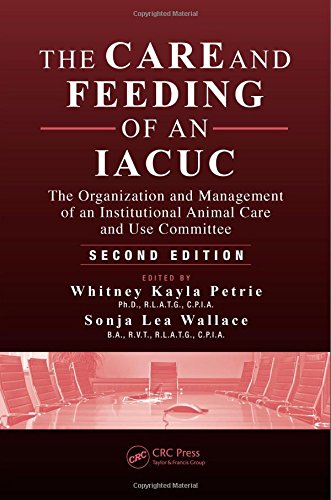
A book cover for The Care and Feeding of an IACUC: The Organization and Management of an Institutional Animal Care and Use Committee, Second Edition; Medical Books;